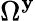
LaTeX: \Omega^{\mathbf{y}}